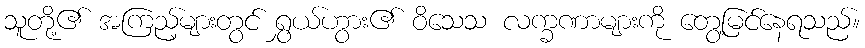
သူတို့၏ အကြည့်များတွင် ရွှယ်ဟွား၏ ဝိသေသ လက္ခဏာများကို တွေ့မြင်နေရသည်။